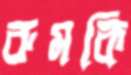
রুমকি